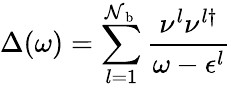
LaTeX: \Delta(\omega)=\sum_{l=1}^{\mathcal{N}_{\mathrm{{~b~}}}}\frac{{\nu^{l}\nu^{l\dagger}}}{{\omega-\epsilon^{l}}}